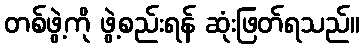
တစ်ဖွဲ့ကို ဖွဲ့စည်းရန် ဆုံးဖြတ်ရသည်။